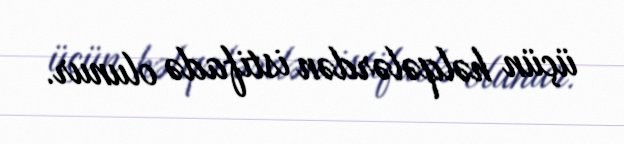
üçün həlqələrdən istifadə olunur.